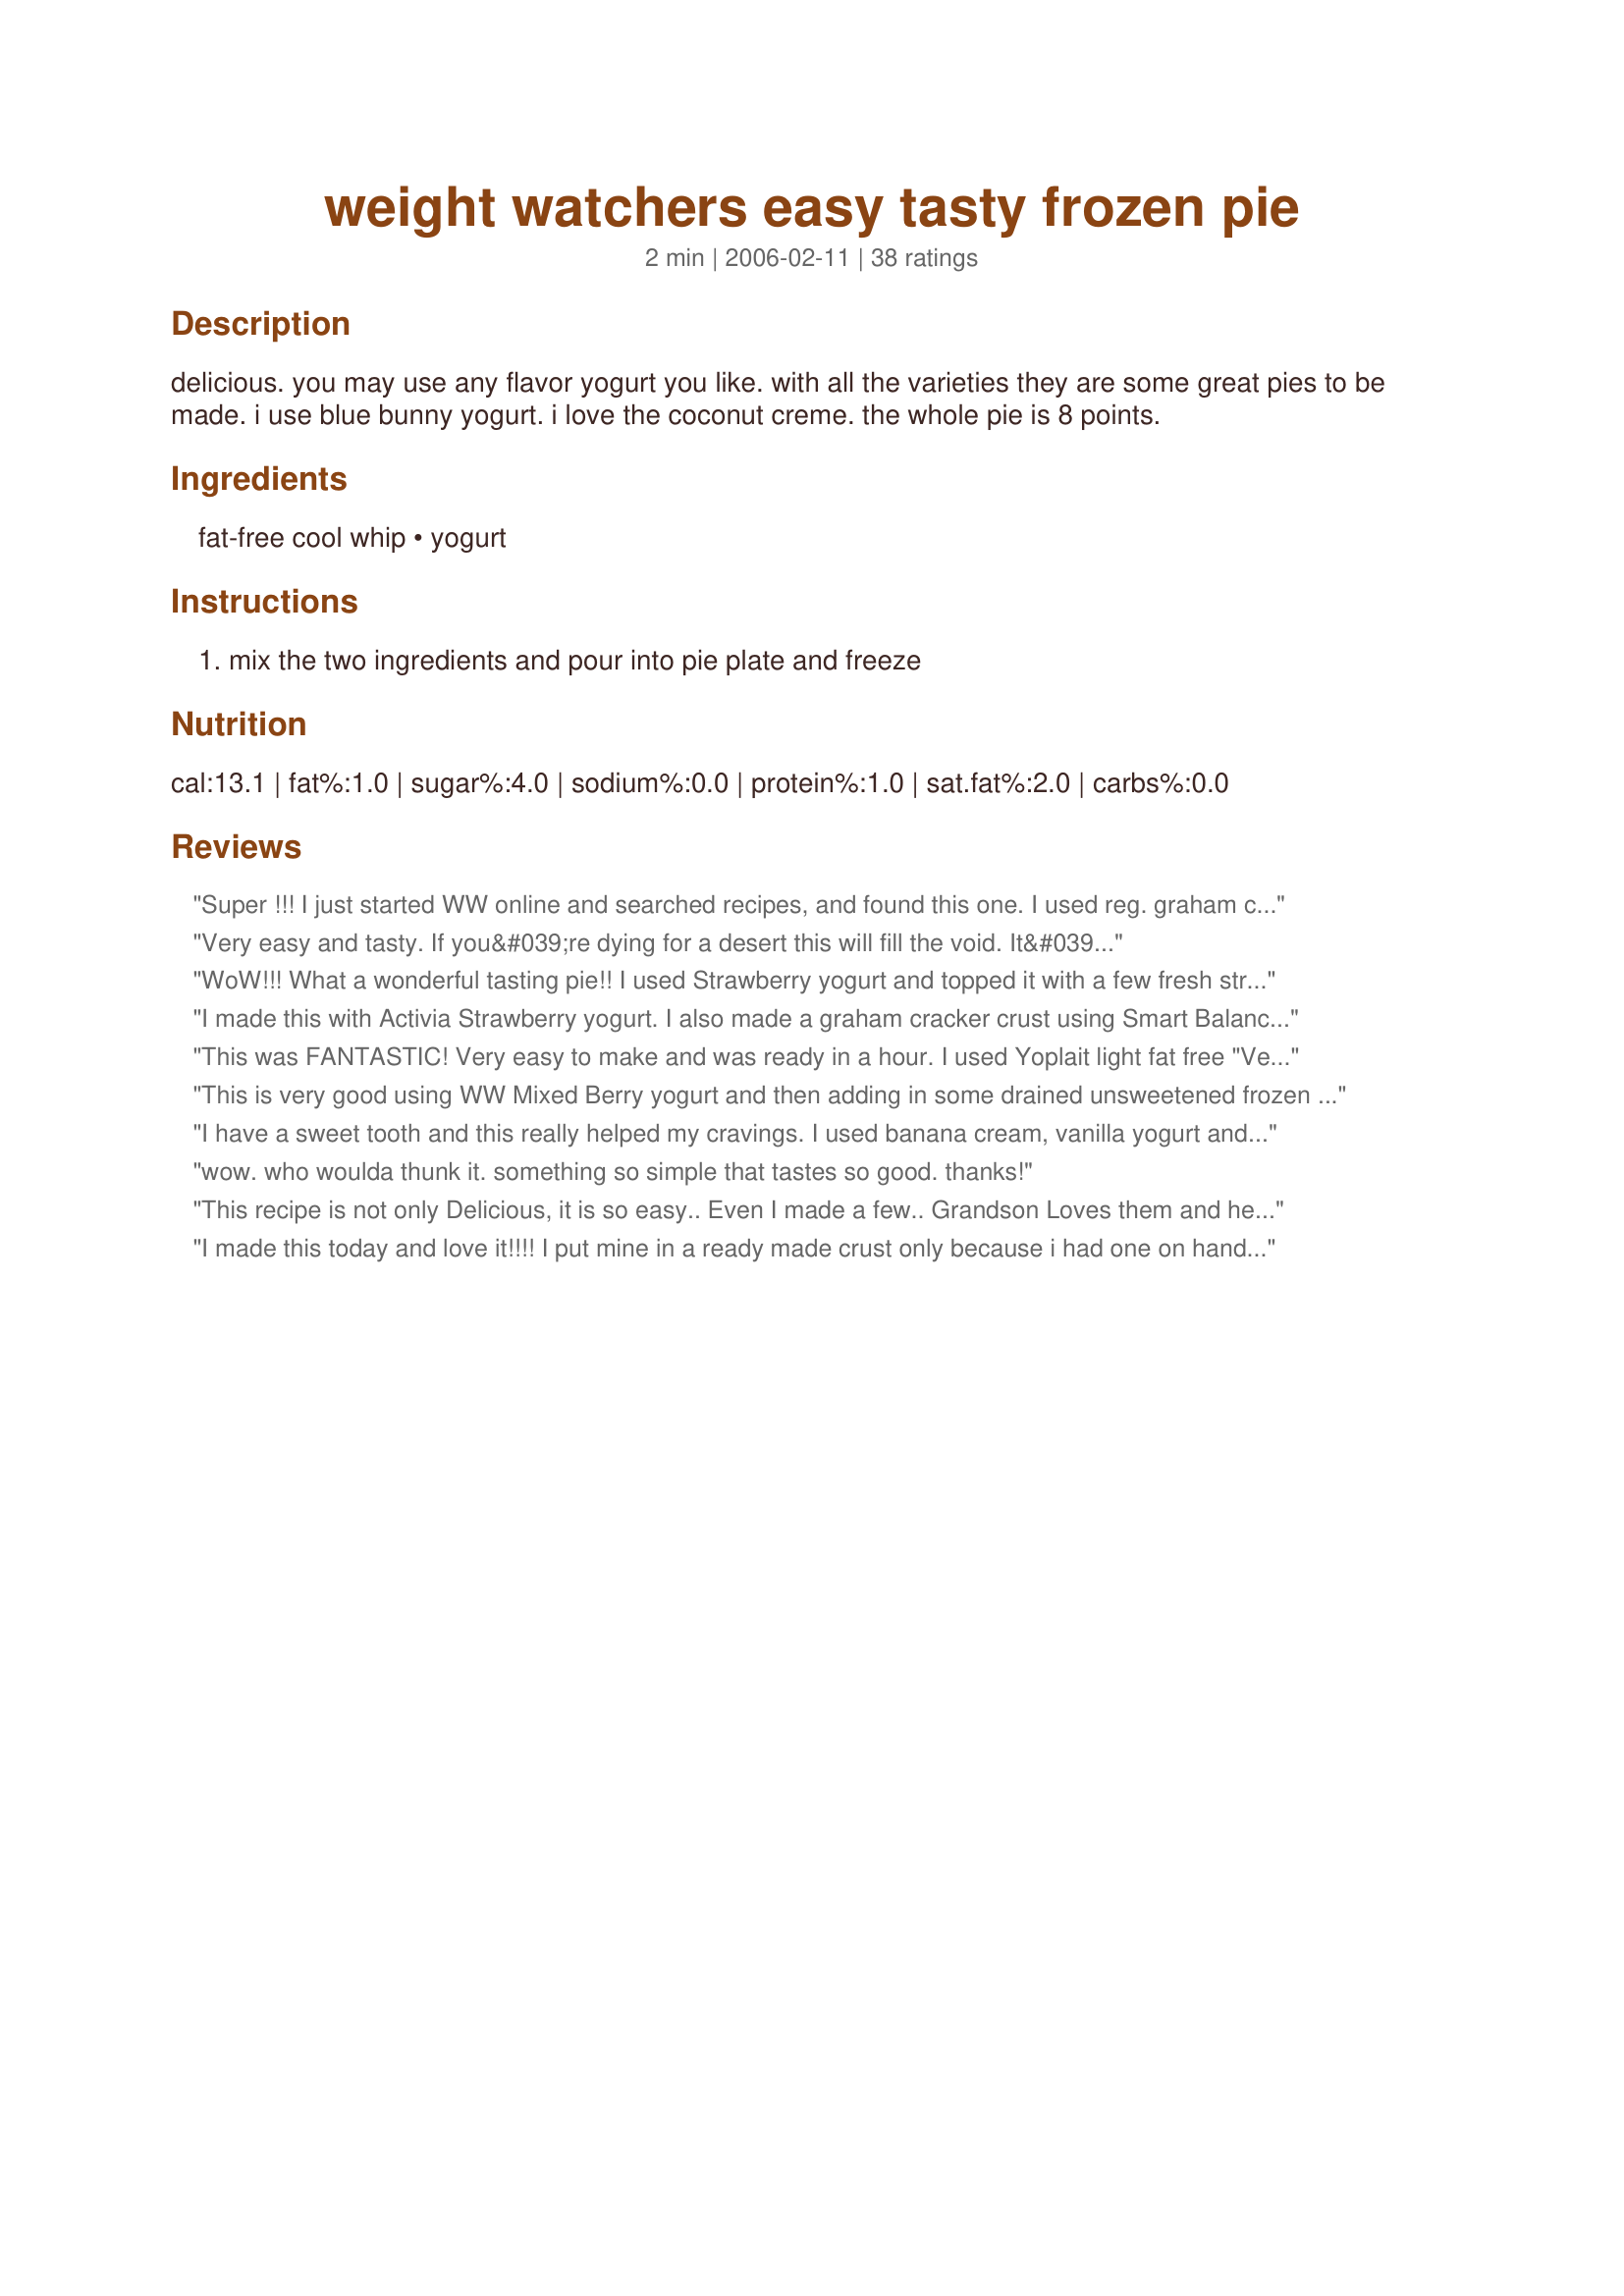
weight watchers easy tasty frozen pie
Preparation time: 2 minutes

delicious. you may use any flavor yogurt you like. with all the varieties they are some great pies to be made. i use blue bunny yogurt. i love the coconut creme. the whole pie is 8 points.

Ingredients:
fat-free cool whip, yogurt

Steps:
mix the two ingredients and pour into pie plate and freeze

Reviews:
Super !!! I just started WW online and searched recipes, and found this one. I used reg. graham crust, FF cool whip, and 2 small Dannon Strawberry Greek yogurt. I will make again.
Very easy and tasty. If you&#039;re dying for a desert this will fill the void. It&#039;s not exactly boston cream pie or anything, but a favorite of mine when dieting.
WoW!!! What a wonderful tasting pie!! I used Strawberry yogurt and topped it with a few fresh strawberrys. Thank You for a wonderful easy recipe. Hugs
I made this with Activia Strawberry yogurt. I also made a graham cracker crust using Smart Balance butter (I know, not totally WW friendly) The possibilities with the flavored yogurts and fresh fruit toppings are endless to say the least.
This was FANTASTIC! Very easy to make and was ready in a hour. I used Yoplait light fat free "Very Cherry" flavored yogurt and garnish the pie with strawberries since I didn't have any cherries on hand. The recipe didn't call for a pie crust but I was wanting a graham cracker crust so I used the recipe from the Keebler Graham Cracker Crumb box. Although after making up the ingredients for the pie I really didn't need the graham cracker crust at all cause it was yummy just sampling right out of the bowl, so next time I will try it without the crust. Thank so much for sharing this delicious dessert!! :)
This is very good using WW Mixed Berry yogurt and then adding in some drained unsweetened frozen raspberries.
I have a sweet tooth and this really helped my cravings. I used banana cream, vanilla yogurt and blueberries and key lime yogurt. This is definately a must have!
wow. who woulda thunk it. something so simple that tastes so good. thanks!
This recipe is not only Delicious, it is so easy.. Even I made a few.. Grandson Loves them and he doesn't like desserts of any kind..(except his Aunts (aka Punkyluv) peanut butter ice cream pie) :D
I made this today and love it!!!! I put mine in a ready made crust only because i had one on hand. I will make it with no crust next time, maybe just mix some gram crumbs in the mix...?I used raspberry yogurt. I will make it with the apple turnover flavor next....It is such a refreshing dessert or snack and soooo easy and quick to prepare. thanks again!
this was really good!! i added a cup of strawberries to this and used activia light strawberry yogurt . with the addition of the strawberries this came to only two points plus for a 6th of the pie according to my recipe builder on weightwatchers.com . this is going to be an awesome treat in the summer!!! thanks for sharing this!!
This was great! I used Weight Watcher's yogurt- amaretto cheesecake flavored and poured it into a reduced fat graham cracker crust.
It tastes exactly like cheesecake and not low fat at all!!! I love it, thanks! I may mixing the whipped cream with pumpkin puree next time and nix the freezing!
The picture shows a crust, is there a low points crust out there?
Very yummy and very low calorie. I used fit and light peach yogurt with sugar free whip cream, I seperated it into two cups, mixing with 3 Tbls of whip cream and mixed well. This is approximatley 65 Calories and very tasty. I highly recommend this frozen or even non frozen, i ate it both ways and both were very good.
I was looking for a lower in fat recipe for Super Bowl weekend and am very glad I picked this one! I used FF cool whip, low fat vanilla yogurt and reduced fat graham cracker crust. It was very tasty and no work at all! Will definitely make again and again with different types of yogurt. Thanks for the recipe!
Well, I have no clue where I got that this used a pie crust...but I used a reduced fat pie crust and Yoplait Lemon Cream Pie yogurt and it was wonderful! Such a light delicate flavor, and I bet it'd be just as good if I followed the directions! :) I can't wait to make this in the summertime, although I'm sure I'll be making it before then too! Thanks for sharing...this is delicious and very easy to make!!
I used Yoplait "Very Cherry" and Cool Whip Lite and this was yummy! Can't wait to try it with other flavors.
I love this. It's almost like I am cheating. I didn't use a crust because I don't tend eat them when I'm not on WW. I plan to use lemon next and add a little bit of lemon juice to add more flavor.
Oh my this is simply wonderful! I used a low carb banana creme pie yogurt &amp; it was so delicious!!!
Tried this tonight- used light lemon yogurt and a bit of lemon juice like someone else suggested. Then I took 2 tbsp of low cal/sugar raspberry jam, warmed it up and plopped it around the pie. Then I swirled a knife through it to make it look pretty. It was really good for low calorie dessert. Nextt time I am going to try coffee yogurt and a spash of lowfat/sugarfree chocolate syrup.. or stawberry yogurt with stawbwery jam and some crushed graham cracker crumbs.....mmmm.!
this recipe is really really good i put it into a gram cracker pie crust and used 2 strawberry yogurts<br/>YUMMY!!!!
I gave it a 4 b/c I don't really like FROZEN coolwhip. But it was refreshingly good on a hot day!
Changes:
I doubled the yogart and poured into a baked pie shell. I drizzled the top w 'magic shell' chocolate sauce. It was visually very pretty with the drizzle pattern over the top! It didn't add too much as to point value but REALLY made it look more inviting!
I&#039;ve made this several times and it&#039;s amazing. My favorite is a chocolate peanut butter and banana version. Mix chocolate peanut butter powder with fat free greek yogurt to taste. Add a little sweetener. Then mix with the fat free cool whip and add in a chopped banana. Put in the pie pan and sprinkle with two tablespoons of chopped nuts. I used the ones labelled chopped mix nut topping. Tastes like a banana split. Soon glad I found this recipe. Endless possibilities!
I make this a lot. I really like the raspberry yogurt and you can also put this in a reduced fat graham cracker crust.
This pie was obviously very good because I went outside and when I came back in to get a piece there was not a single crumb left! That one was made with blueberry yogurt My family all loved it! Hopefully, I can try it soon! :)&lt;br/&gt;&lt;br/&gt;*UPDATE* I got to try it today...and it was so very good! This one was made with mixed berry yogurt...mmmm!! It is my dad&#039;s &quot;new favorite snack&quot; ...Thank you so much for a wonderful recipe...I am planning on making another one tomorrow too with key lime pie.. :)
such a fun recipe, and so many ways to take it! made a coconut cream pie and swirled in hershey's syrup. such a nice, refreshing treat - great idea and thanks for sharing it with the rest of us!
Yummy deliciousness!!!
YUM! I used a white chocolate raspberry yogurt but regular Cool Whip. SUPER simple. Thanks so much for posting.
yyyyuuuum!!!!
Love this recipe. Ive tried it with several flavors of yogurt and its been great with each one! Nice as dessert after dinner or a quick snack!
Yummy. I crumbled one store bought gingersnap cookie on top and bottom. Great!
This is a very easy recipe to prepare. It is just wonderful, I used strawberry yogurt. Thanks for sharing such a wonderful dessert!
I loved it! I tried it with the Reduced Fat Graham Cracker crust and that was a mistake, though. I didnt like the flavor and it make the pie more WW points (I think 5 per 1/6 pie). I ended up flaking off the crust and just eating the pie. Next time I will do it just as the recipe states. I made the pie with Apple cobbler yogurt and it was delicious!
There are so many great reviews so I thought this would be so good! I found it bland and boring. I would rather eat yogurt as is. I feel like I should try it again. Maybe a different brand or flavour?
I was skeptical, but I must say that this is a light, tasty and refreshing treat. I used the Light, extra creamy Yoplait Key Lime Yogurt and loved it! I tried it with Coconut yogurt and wasn't impressed, so I think I'll stick to the Key Lime and maybe try some others. Thanks for sharing!
I love this recipe. I used banana strawberry yogurt and a gram cracker crust, with sliced bananas on top. It is so easy and has so many options. I can't wait to make more of these pies with different flavors of yogurt, toppings and with or without crust. Thank you for posting this recipe.
This was great for our Super Bowl Sunday Buffet. I use Vanilla yogurt and called it Vanilla Cream Pie. The dieters loved it - What is there not to love about a tasty 13 calories ! Thank you it's a keeper.
I made this with the Weight Watchers white chocolate and raspberries yogurt. I put it in an Oreo shell which added 2 points per serving but made it a nicer dessert to serve company. I also added fresh raspberries but would not do that again as they were too hard when frozen. Thanks for posting such an easy and tasty treat!
